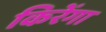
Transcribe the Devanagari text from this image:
किरेंगा